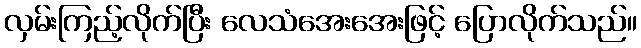
လှမ်းကြည့်လိုက်ပြီး လေသံအေးအေးဖြင့် ပြောလိုက်သည်။